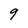
Character: 9